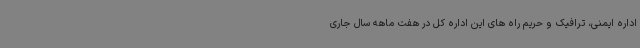
اداره ایمنی، ترافیک و حریم راه های این اداره کل در هفت ماهه سال جاری